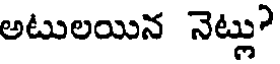
అటులయిన నెట్లు?